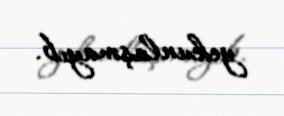
yekunlaşmayıb.